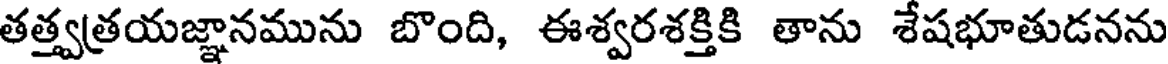
తత్త్వత్రయజ్ఞానమును బొంది, ఈశ్వరశక్తికి తాను శేషభూతుడనను